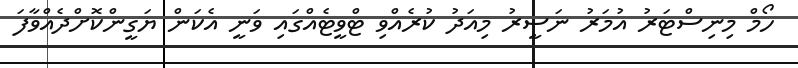
ހޯމް މިނިސްޓަރު އުމަރު ނަސީރު މިއަދު ކުރެއްވި ޓްވީޓެއްގައި ވަނީ އެކަން ޔަގީންކޮށްދެއްވާފަ